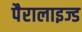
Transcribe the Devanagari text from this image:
पैरालाइज्ड